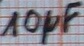
Text: 10µF